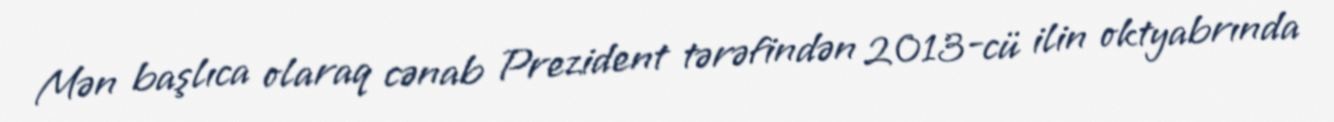
Mən başlıca olaraq cənab Prezident tərəfindən 2013-cü ilin oktyabrında